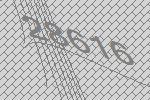
28616